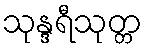
သုန္ဒရီသုတ္တ